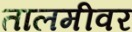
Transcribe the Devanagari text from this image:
तालमीवर